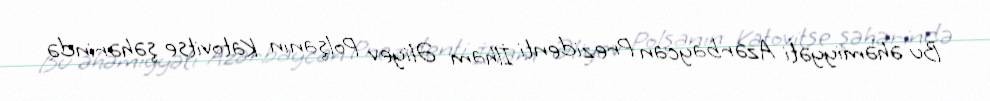
Bu əhəmiyyəti Azərbaycan Prezidenti İlham Əliyev Polşanın Katovitse şəhərində